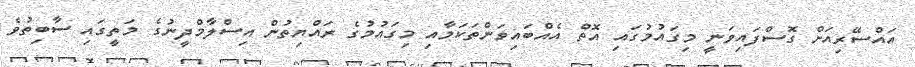
އައްސޭރިއަށް ގޮސްފައިވަނީ މިގައުމުގައި އޮތް އެއްބައިވަންތަކަމާއި މިގައުމުގެ ރައްޔިތުން އިސްލާމްދީނުގެ މަތީގައި ސާބިތުވެ